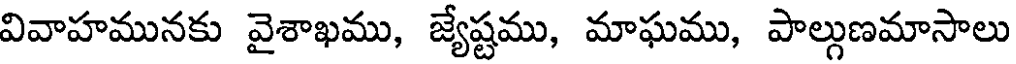
వివాహమునకు వైశాఖము, జ్యేష్టము, మాఘము, పాల్గుణమాసాలు